Vaccination in Bombay 1869-1873 - 1869-1873
Year: 1869
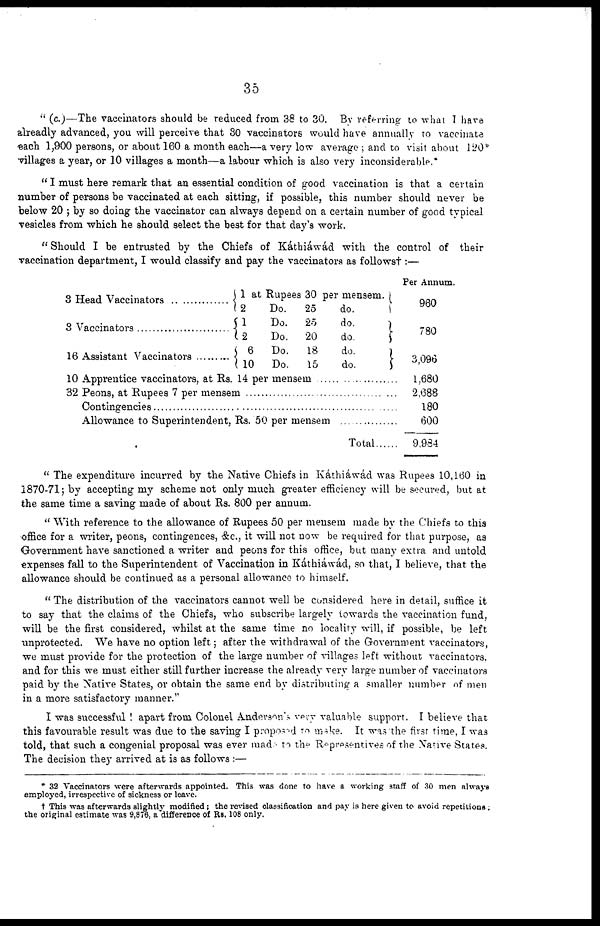
35
" (c.)—The vaccinators should be reduced from 38 to 30. By referring to what I have
alreadly advanced, you will perceive that 30 vaccinators would have annually to vaccinate
each 1,900 persons, or about 160 a month each—a very low average ; and to visit about 120*
villages a year, or 10 villages a month—a labour which is also very inconsiderable.
" I must here remark that an essential condition of good vaccination is that a certain
number of persons be vaccinated at each sitting, if possible, this number should never be
below 20 ; by so doing the vaccinator can always depend on a certain number of good typical
vesicles from which he should select the best for that day's work.
" Should I be entrusted by the Chiefs of Káthiáwád with the control of their
vaccination department, I would classify and pay the vaccinators as followst:—
3 Head Vaccinators.....................
3 Vaccinators ..........................
16 Assistant Vaccinators ...............
1 at Rupees 30 per mensem,
2
Do.
l
Do.
2
Do.
6
Do.
10
Do.
25
25
20
18
15
do.
do.
do.
do.
do.
10 Apprentice vaccinators, at Rs 14 per mensem ..............
32 Peons, at Rupees 7 per mensem ....................................
Contingencies .....................................................................
Allowance to Superintendent, Rs 50 per mensem ..............
Total
Per Annum.
960
780
3,096
1,680
2,688
180
600
9.984
" The expenditure incurred by the Native Chiefs in Káthiáwád was Rupees 10,160 in
1870-71; by accepting my scheme not only much greater efficiency will be secured, but at
the same time a saving made of about Rs. 800 per annum.
" With reference to the allowance of Rupees 50 per mensem made by the Chiefs to this
office for a writer, peons, contingences, &c., it will not now be required for that purpose, as
Government have sanctioned a writer and peons for this office, but many extra and untold
expenses fall to the Superintendent of Vaccination in Káthiáwád, so that, I believe, that the
allowance should be continued as a personal allowance to himself.
" The distribution of the vaccinators cannot well be considered here in detail, suffice it
to say that the. claims of the Chiefs, who subscribe largely towards the vaccination fund,
will be the first considered, whilst at the same time no locality will, if possible, be left
unprotected. We have no option left; after the withdrawal of the Government vaccinators,
we must provide for the protection of the large number of villages left without vaccinators.
and for this we must either still further increase the already very large number of vaccinators
paid by the Native States, or obtain the same end by distributing a smaller number of men
in a more satisfactory manner."
I was successful ! apart from Colonel Anderson's very valuable support. I believe that
this favourable result was due to the saving I proposed to make. It was the first time, I was
told, that such a congenial proposal was ever made to the Representives of the Native States.
The decision they arrived at is as follows :—
* 32 Vaccinators were afterwards appointed. This was done to have a working staff of 30 men always
employed, irrespective of sickness or leave.
† This was afterwards slightly modified; the revised classification and pay is here given to avoid repetitions ;
the original estimate was 9,876, a difference of Rs. 108 only.